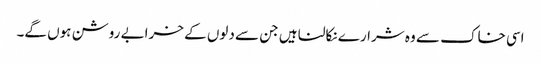
اسی خاک سے وہ شرارے نکالنا ہیں جن سے دلوں کے خرابے روشن ہوں گے۔